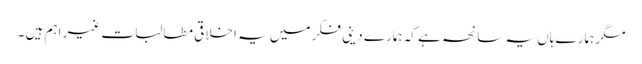
مگر ہمارے ہاں یہ سانحہ ہے کہ ہمارے دینی فکر میں یہ اخلاقی مطالبات غیر اہم ہیں ۔